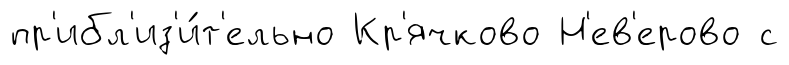
пр'ибл'из'и́т'ельно Кр'ячково Н'ев'ерово с